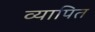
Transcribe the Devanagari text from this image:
व्यापित